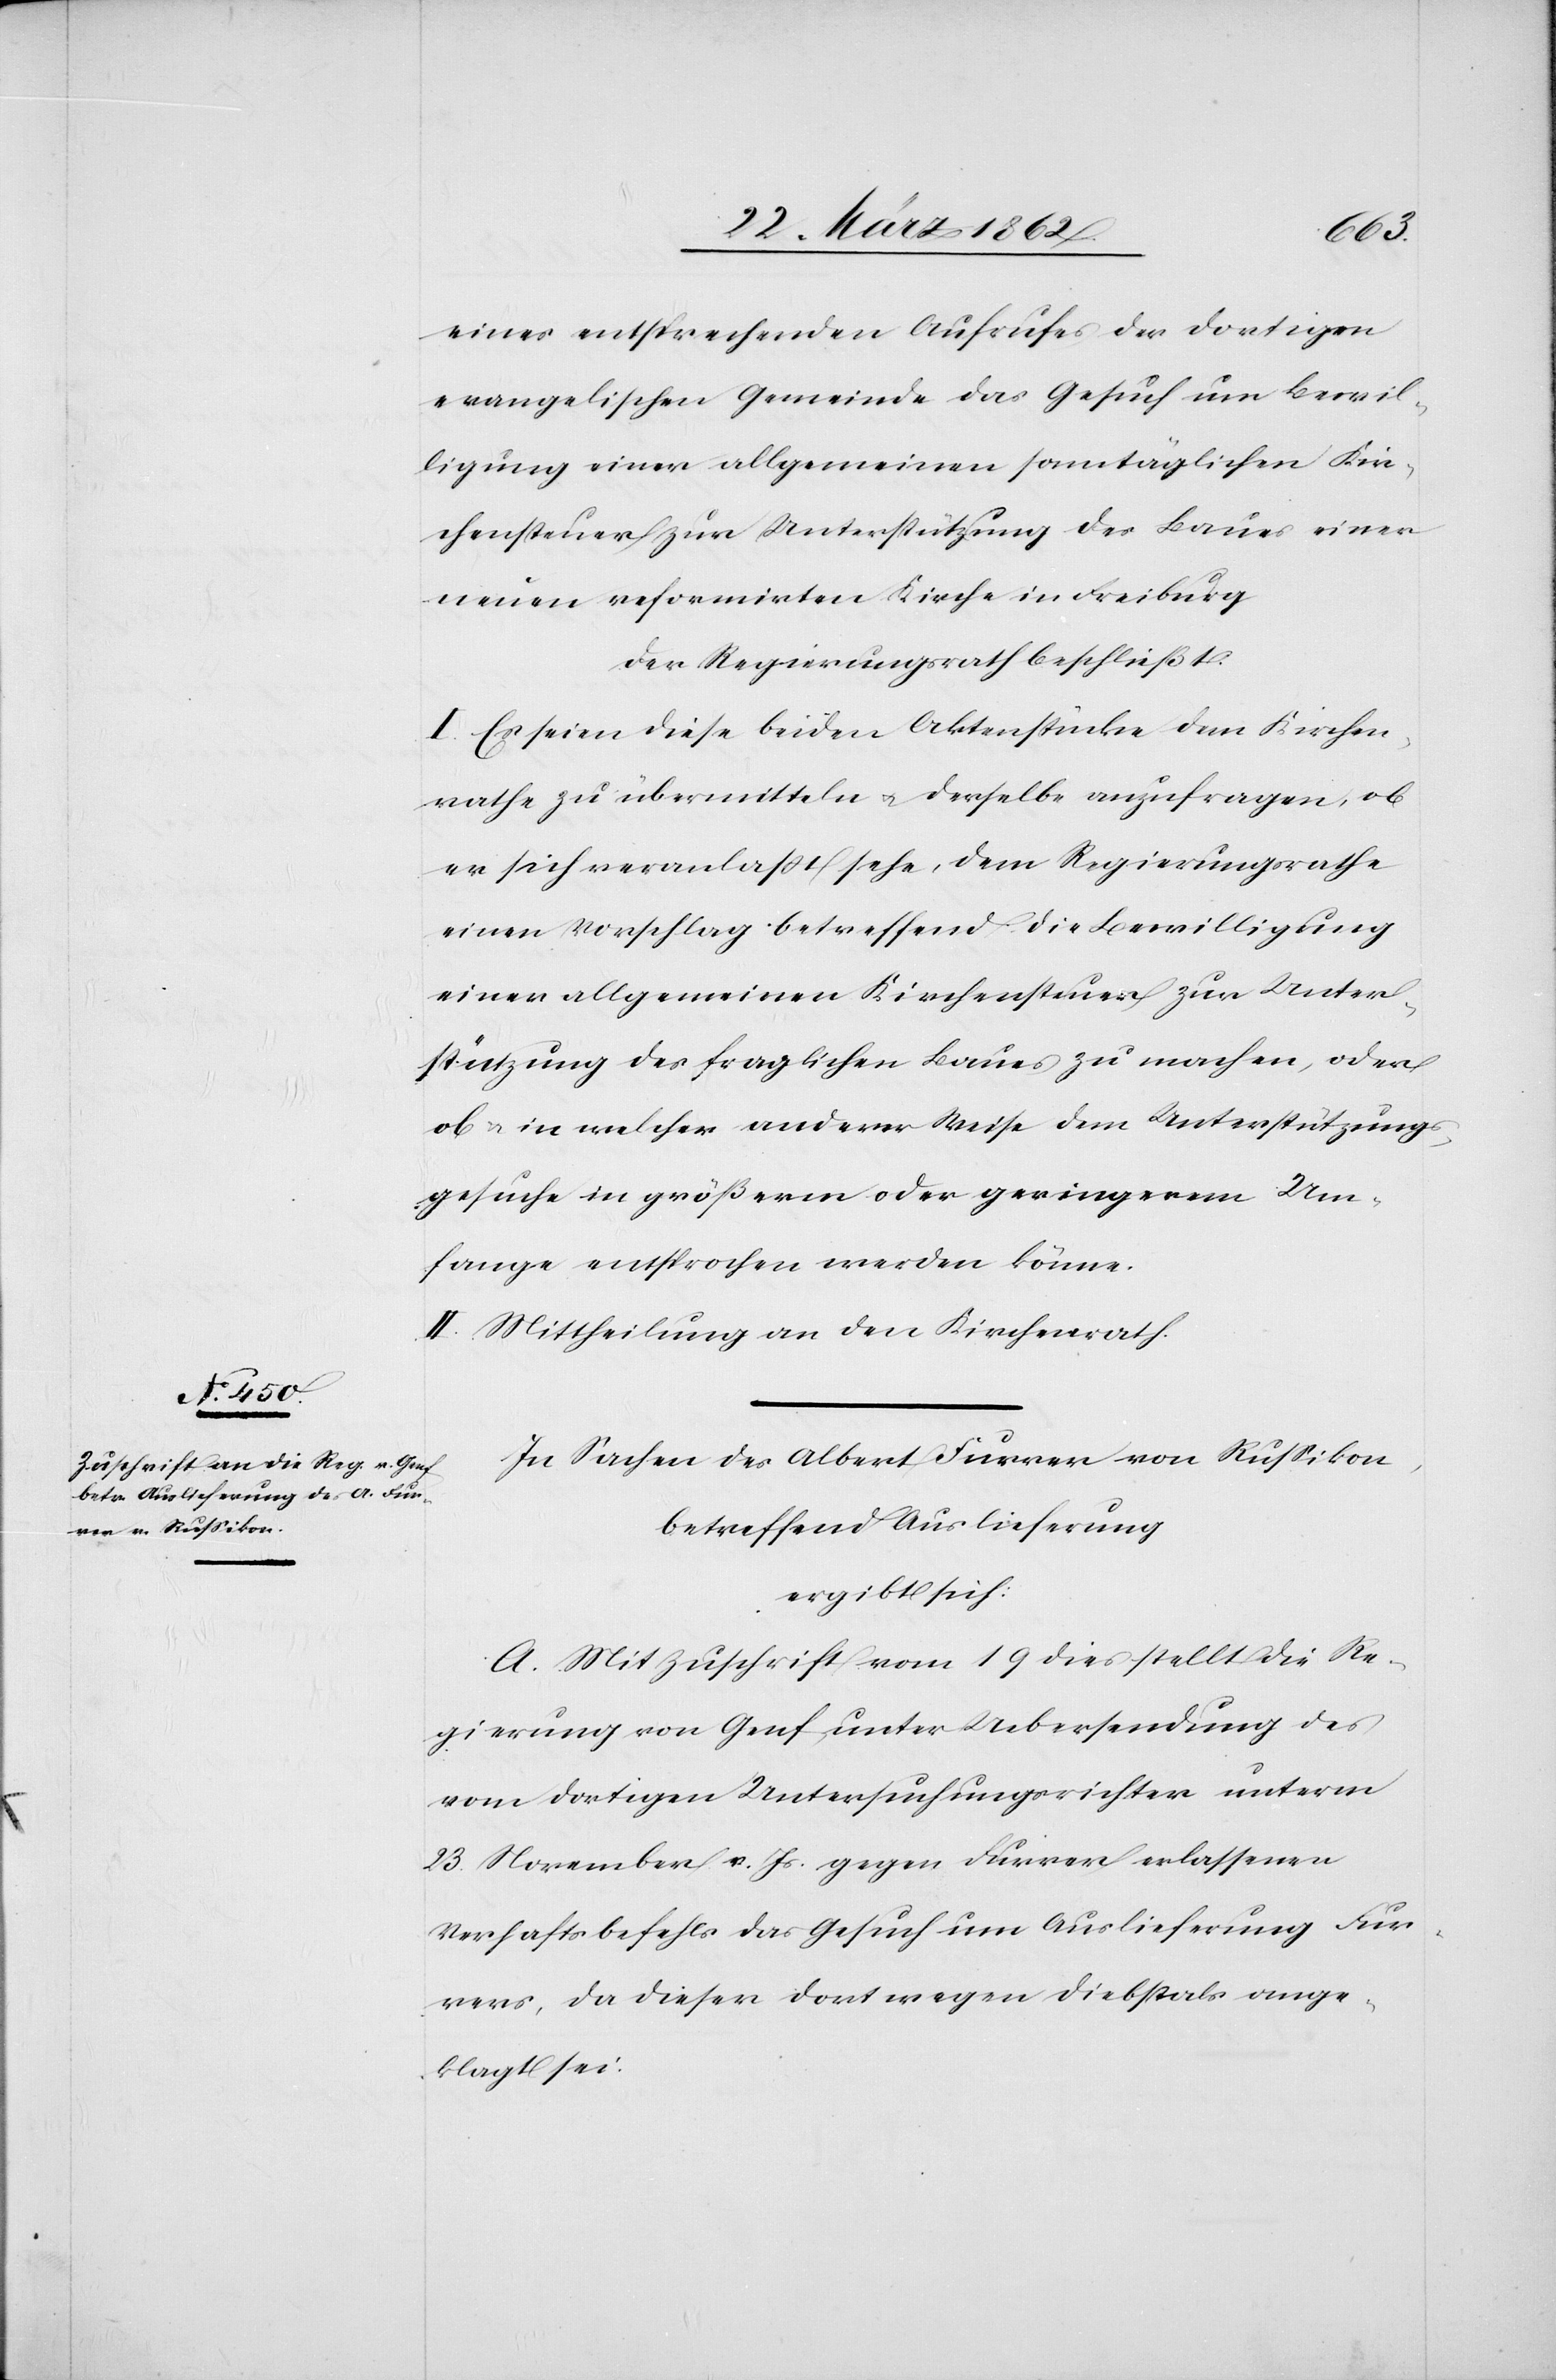
eines entsprechenden Aufrufes der dortigen
evangelischen Gemeinde das Gesuch um Bewil¬
ligung einer allgemeinen sonntäglichen Kir¬
chensteuer zur Unterstützung des Baues einer
neuen reformirten Kirche in Freiburg.
Der Regierungsrath beschließt:
I. Es seien diese beiden Aktenstücke dem Kirchen¬
rathe zu übermitteln u. derselbe anzufragen, ob
er sich veranlaßt sehe, dem Regierungsrathe
einen Vorschlag betreffend die Bewilligung
einer allgemeinen Kirchensteuer zur Unter¬
stützung des fraglichen Baues zu machen, oder
ob u. in welcher anderer Weise dem Unterstützungs¬
gesuch in größerm oder geringerem Um¬
fange entsprochen werden könne.
II. Mittheilung an die Kirchenrath.
In Sachen des Albert Furrer von Rußikon,
betreffend Auslieferung
ergibt sich:
A. Mit Zuschrift vom 19 dies stellt die Re¬
gierung von Genf unter Uebersendung des
vom dortigen Untersuchungsrichter unterm
23. November v. Js. gegen Furrer erlassenen
Verhaftsbefehls das Gesuch um Auslieferung Fur¬
rers, da dieser dort wegen Diebstals ange¬
klagt sei.